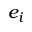
e _ { i }